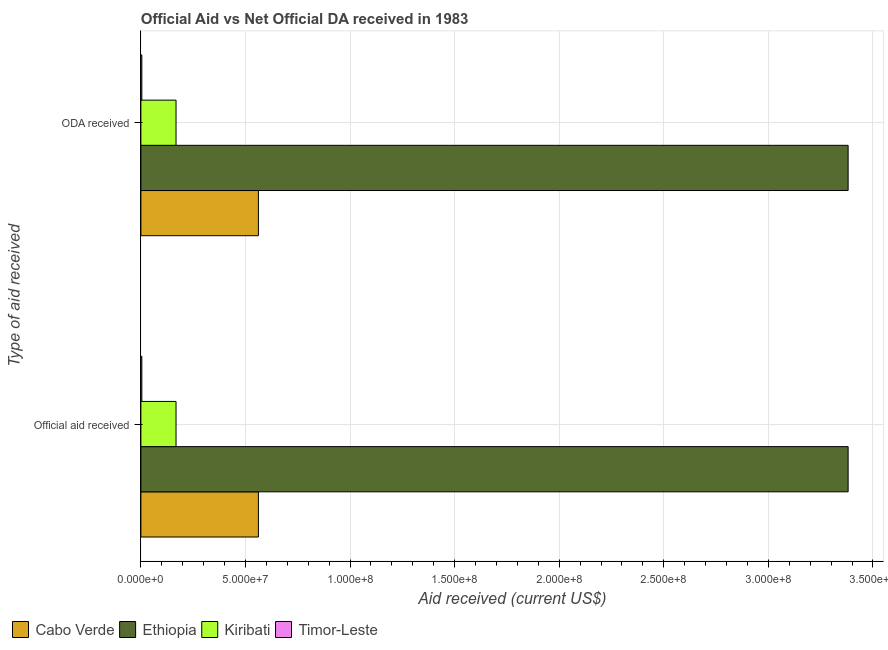
| Type of aid received | Cabo Verde | Ethiopia | Kiribati | Timor-Leste |
 | --- | --- | --- | --- | --- |
 | Official aid received | 5.62e+07 | 3.38e+08 | 1.68e+07 | 4.5e+05 |
 | ODA received | 5.62e+07 | 3.38e+08 | 1.68e+07 | 4.5e+05 |